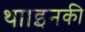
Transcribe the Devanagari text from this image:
था।इनकी